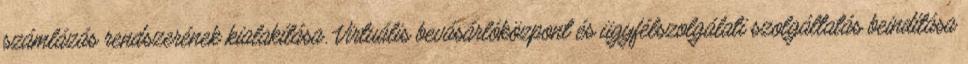
számlázás rendszerének kialakítása. Virtuális bevásárlóközpont és ügyfélszolgálati szolgáltatás beindítása